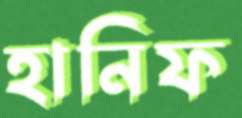
হানিফ